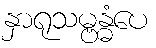
နှာရုသမ္ဗန္ဓံပေ